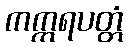
ကက္ကရပတ္တံ